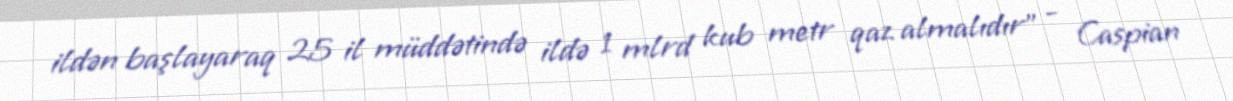
ildən başlayaraq 25 il müddətində ildə 1 mlrd kub metr qaz almalıdır” - Caspian